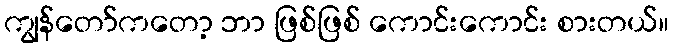
ကျွန်တော်ကတော့ ဘာ ဖြစ်ဖြစ် ကောင်းကောင်း စားတယ်။